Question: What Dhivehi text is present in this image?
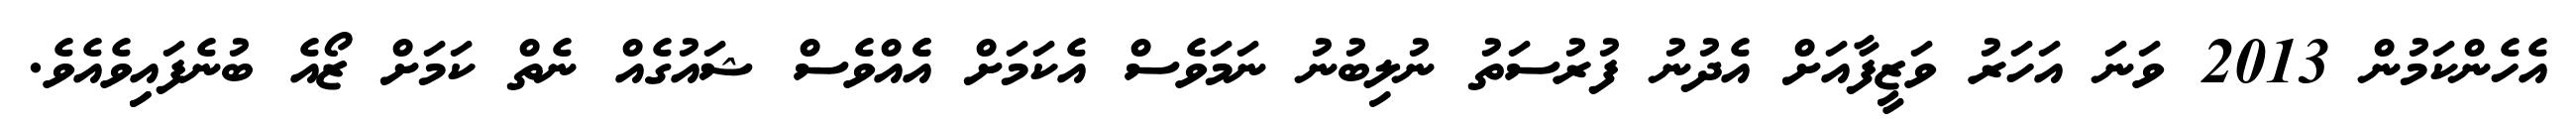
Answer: އެހެންކަމުން 2013 ވަނަ އަހަރު ވަޒީފާއަށް އެދުނު ފުރުސަތު ނުލިބުނު ނަމަވެސް އެކަމަށް އެެއްވެސް ޝައުގެއް ނެތް ކަމަށް ޒޯއެ ބުނެފައިިވެއެވެ.